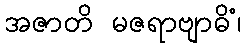
အဇာတိ မဇရာဗျာဓိံ၊